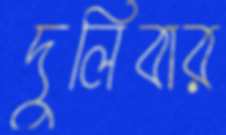
দুলিবার